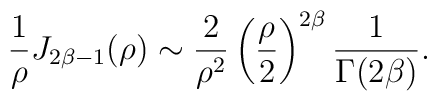
{1\over \rho} J_{2\beta-1}(\rho)\sim {2\over \rho^2}\left({\rho\over 2}\right)^{2\beta} {1\over \Gamma(2\beta)}.